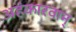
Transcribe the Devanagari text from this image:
अहंकारवान्